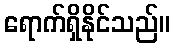
ရောက်ရှိနိုင်သည်။